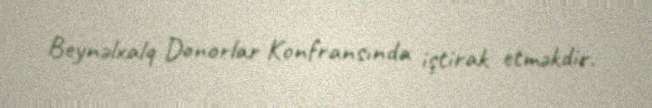
Beynəlxalq Donorlar Konfransında iştirak etməkdir.